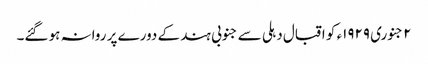
٢ جنوری ١٩٢٩ء کو اقبال دہلی سے جنوبی ہند کے دورے پر روانہ ہو گئے۔